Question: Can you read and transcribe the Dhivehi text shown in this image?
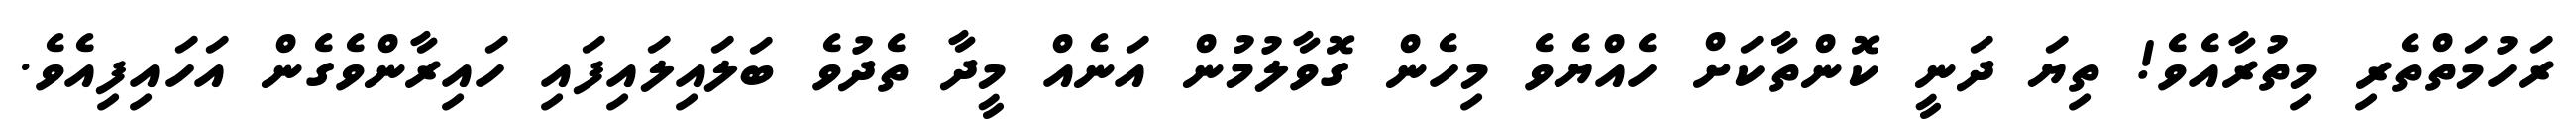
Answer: ރަހުމަތްތެރި މިތުރާއެވެ! ތިޔަ ދަނީ ކޮންތާކަށް ހެއްޔެވެ މިހެން ގޮވާލުމުން އަނެއް މީދާ ތެދުވެ ބަލައިލައިފައި ހައިރާންވެގެން އަހައިފިއެވެ.